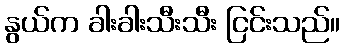
နွယ်က ခါးခါးသီးသီး ငြင်းသည်။